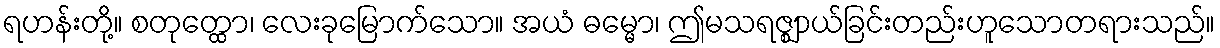
ရဟန်းတို့။ စတုတ္ထော၊ လေးခုမြောက်သော။ အယံ ဓမ္မော၊ ဤမသရဇ္ဈာယ်ခြင်းတည်းဟူသောတရားသည်။